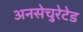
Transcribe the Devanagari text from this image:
अनसेचुरेटेड